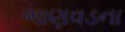
ભાણવડના